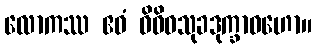
လောကဿ ဧဝံ ဝိဝိဓသုခဒုက္ခာဝဟော။